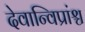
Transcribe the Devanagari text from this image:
देवान्विप्रांश्च